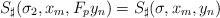
LaTeX: \begin{align*}S_\sharp(\sigma_2,x_m,F_py_n)=S_\sharp(\sigma,x_m,y_n)\end{align*}